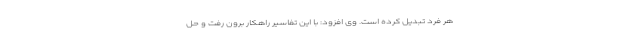
هر فرد تبدیل کرده است. وی افزود: با این تفاسیر راهکار برون رفت و حل